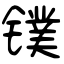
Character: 镤